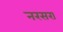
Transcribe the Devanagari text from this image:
नरसरा